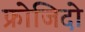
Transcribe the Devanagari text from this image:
फ्रोजिदो